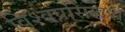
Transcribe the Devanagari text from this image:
विश्वप्रसिद्धश्